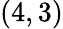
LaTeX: (4,3)